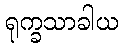
ရုက္ခသာခါယ